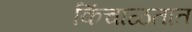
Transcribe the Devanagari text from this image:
किंचाळतात